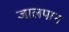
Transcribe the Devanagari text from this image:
जालपान